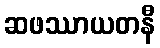
ဆဖဿာယတနီ